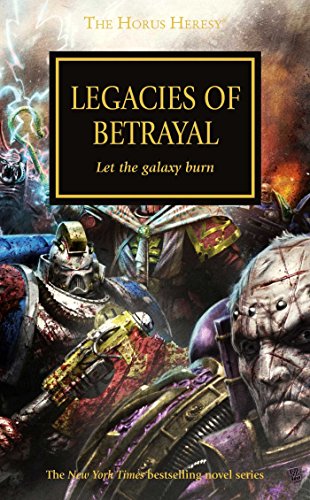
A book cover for Legacies of Betrayal (The Horus Heresy); Graham McNeill; Science Fiction & Fantasy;